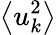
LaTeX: \bigl\langle u_{k}^{2}\bigr\rangle